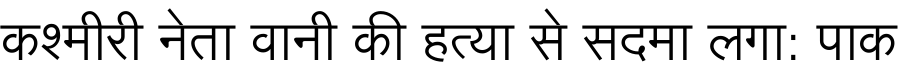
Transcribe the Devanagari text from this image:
कश्मीरी नेता वानी की हत्या से सदमा लगा: पाक